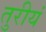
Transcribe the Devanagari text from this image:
तुरीयं